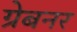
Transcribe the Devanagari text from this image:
ग्रेबनर